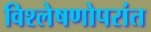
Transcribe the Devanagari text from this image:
विश्लेषणोपरांत